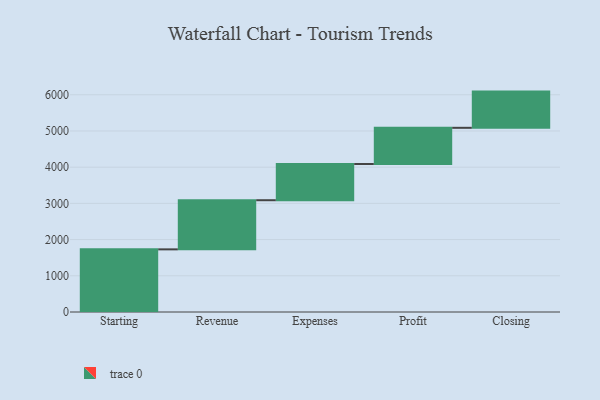
{"axis": {"x": "Step", "y": "Value"}, "legend": [""], "data": [{"x": "Starting", "y": 1730.0, "type": ""}, {"x": "Revenue", "y": 1357.0, "type": ""}, {"x": "Expenses", "y": 1000, "type": ""}, {"x": "Profit", "y": 1000, "type": ""}, {"x": "Closing", "y": 1000, "type": ""}]}